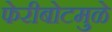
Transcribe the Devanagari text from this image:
फेरीबोटमुळे